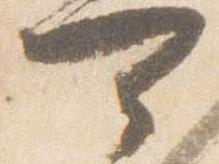
可